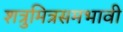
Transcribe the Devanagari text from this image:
शत्रुमित्रसमभावी